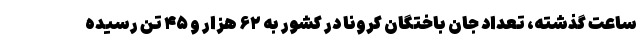
ساعت گذشته، تعداد جان باختگان کرونا در کشور به ۶۲ هزار و ۴۵ تن رسیده